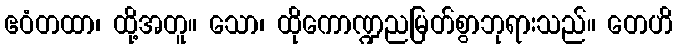
ဧဝံတထာ၊ ထို့အတူ။ သော၊ ထိုကောဏ္ဍညမြတ်စွာဘုရားသည်။ တေဟိ